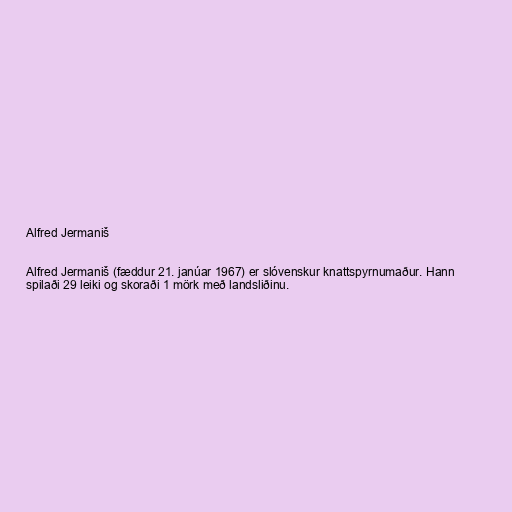
Alfred Jermaniš

Alfred Jermaniš (fæddur 21. janúar 1967) er slóvenskur knattspyrnumaður. Hann
spilaði 29 leiki og skoraði 1 mörk með landsliðinu.